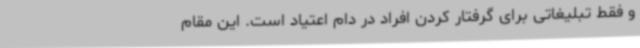
و فقط تبلیغاتی برای گرفتار کردن افراد در دام اعتیاد است. این مقام